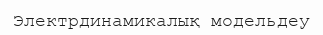
Электрдинамикалық модельдеу